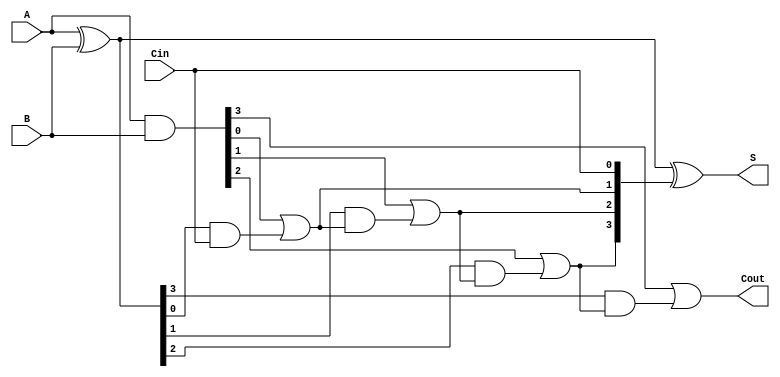
module CarryInLookaheadAdder #(
    parameter N = 4  // Number of bits
)(
    input [N-1:0] A,      // First n-bit binary number
    input [N-1:0] B,      // Second n-bit binary number
    input Cin,            // Carry in
    output [N-1:0] S,     // n-bit sum output
    output Cout           // Carry out
);

    // Generate and Propagate signals
    wire [N-1:0] G; // Generate signals
    wire [N-1:0] P; // Propagate signals
    wire [N:0] C;   // Carry signals

    // Generate and Propagate Logic
    assign G = A & B;         // G[i] = A[i] & B[i]
    assign P = A ^ B;         // P[i] = A[i] ^ B[i]

    // Carry Lookahead Logic
    assign C[0] = Cin;        // C[0] = Cin

    genvar i;
    generate
        for (i = 1; i <= N; i = i + 1) begin : carry_logic
            assign C[i] = G[i-1] | (P[i-1] & C[i-1]); // C[i] = G[i-1] + (P[i-1] & C[i-1])
        end
    endgenerate

    // Sum Calculation
    assign S = P ^ C[N-1:0]; // S[i] = P[i] ^ C[i]

    // Carry out
    assign Cout = C[N]; // Carry out is the last carry

endmodule